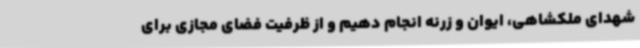
شهدای ملکشاهی، ایوان و زرنه انجام دهیم و از ظرفیت فضای مجازی برای